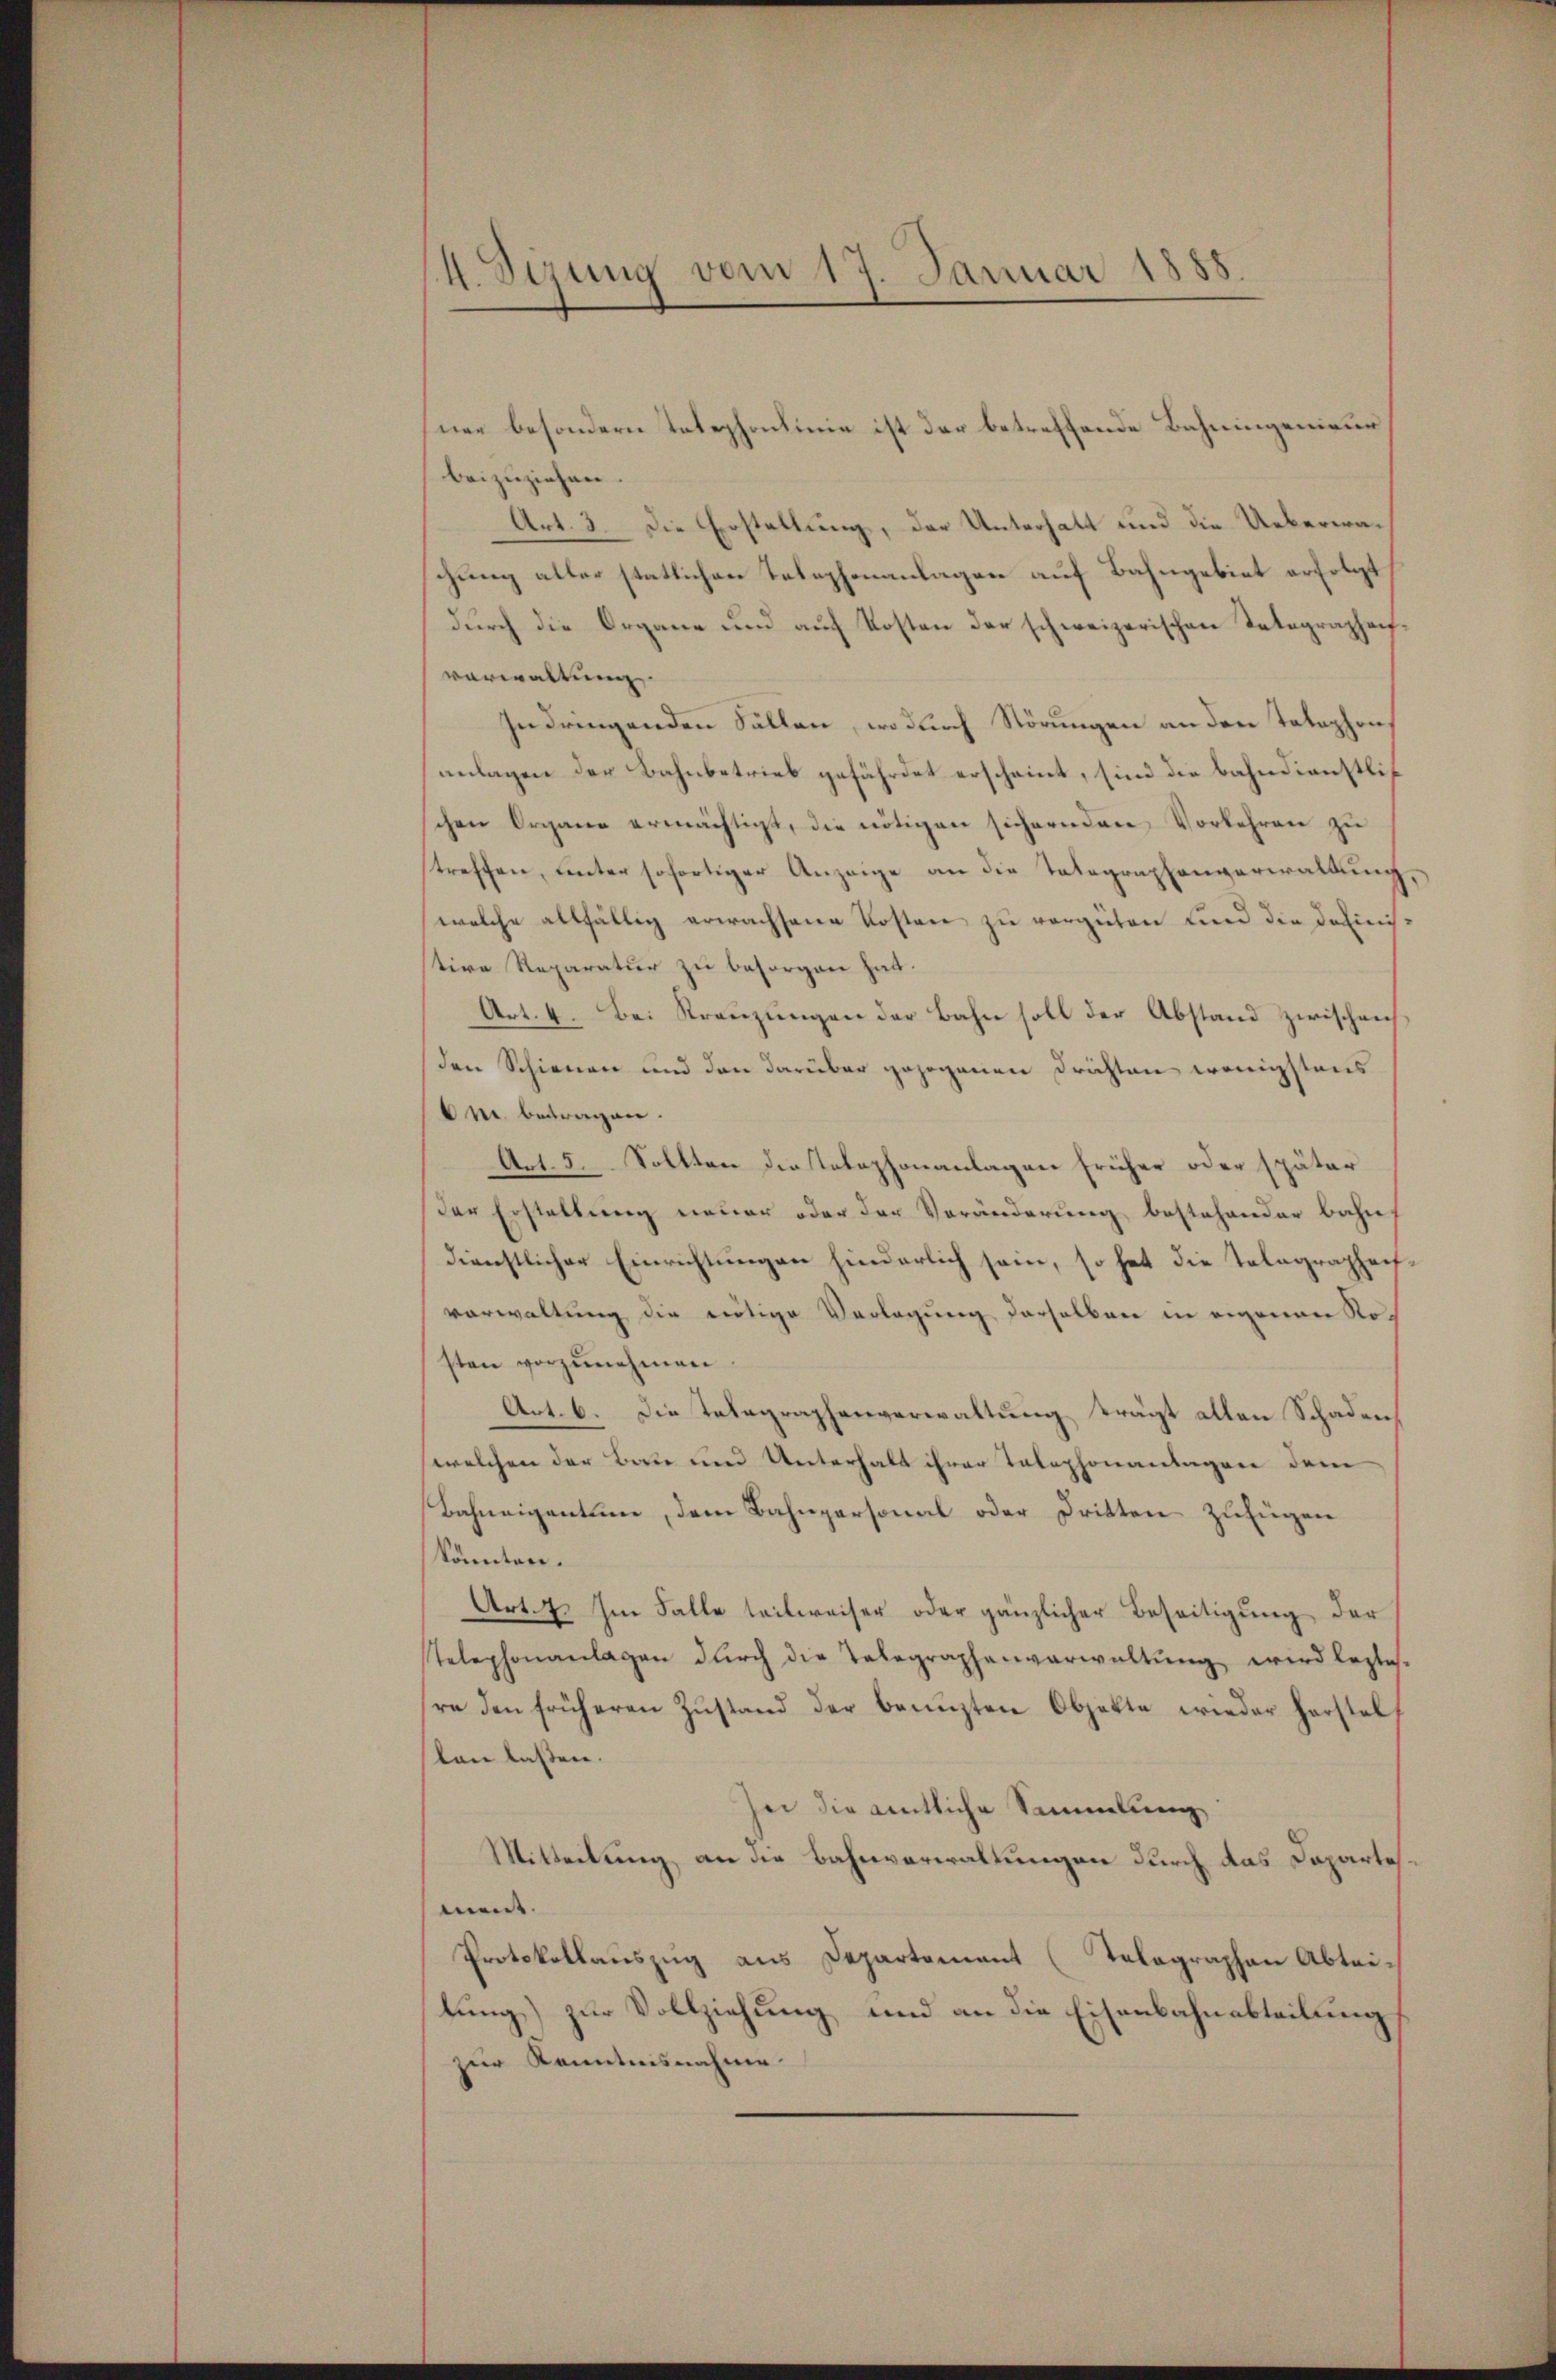
4. Syzung vom 17. Januar 1888.

ner besondern Telephonlinie ist der betreffende Bahningenieur
beizuziehen.
Art. 3. Die Erstellung, der Unterhalt und die Ueberwaschung aller statlichen Telephonanlagen auf Bahngebiet erfolgt
durch die Organe und auf Kosten der schweizerischen Tatographenvorwaltung
Indringenden Sallen, wodurch Störungen an den Telephon
anlagen der Bahnbetrieb gefährdet erscheint, sind die Bahndienstlic
schen Organe ermächtigt, die nötigen sichernden Vorkehren zu
streffen, unter sofortiger Anzeige an die Telegraphenverwaltung,
welche allfällig erwachsene Kosten zu vergüten und die Definistive Reparatur zu besorgen hat.
Art. 4. Bei Kreŭzŭngen der Bahn soll der Abstand zwischen
den Schienen und den darüber gezogenen Drichten wenigstens
m betragen.
Act. 5. Sollten die Telephonanlagen früher oder später
der Erstellung neuer oder der Veränderung bestehender Bahnh
dienstlicher Einrichtungen hinderlich sein, so hat die Telegraphafvorwaltung die nötige Verlegung derselben in eigenen Rosten vorzunehmen
Art. 6. Die Telegraphenverwaltung trägt allen Schaden
welchen der Baue und Unterhalt ihrer Telephonantagen dem
Bahneigentum, dem Bahnpersonal oder Dritten zufügen
könnten.
Art. 72. Im Falle teilweiser oder gänzlicher Beseitigung der
telephonanlagen durch die Telegraphenverwaltung wird leztes-
re den früheren Zustand der benuzten Objekte wieder horstel
len lassen.
he die amtliche Sammlung
Mitteilung an die Bahnverwaltungen durch das Dapartement.
Protokollauszug aus Departement (Tolographen Abteilung) zur Vollziehung und an die Eisenbahnabteilung
zur Kenntnisnahme.